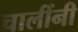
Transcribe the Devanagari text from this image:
चालींनी